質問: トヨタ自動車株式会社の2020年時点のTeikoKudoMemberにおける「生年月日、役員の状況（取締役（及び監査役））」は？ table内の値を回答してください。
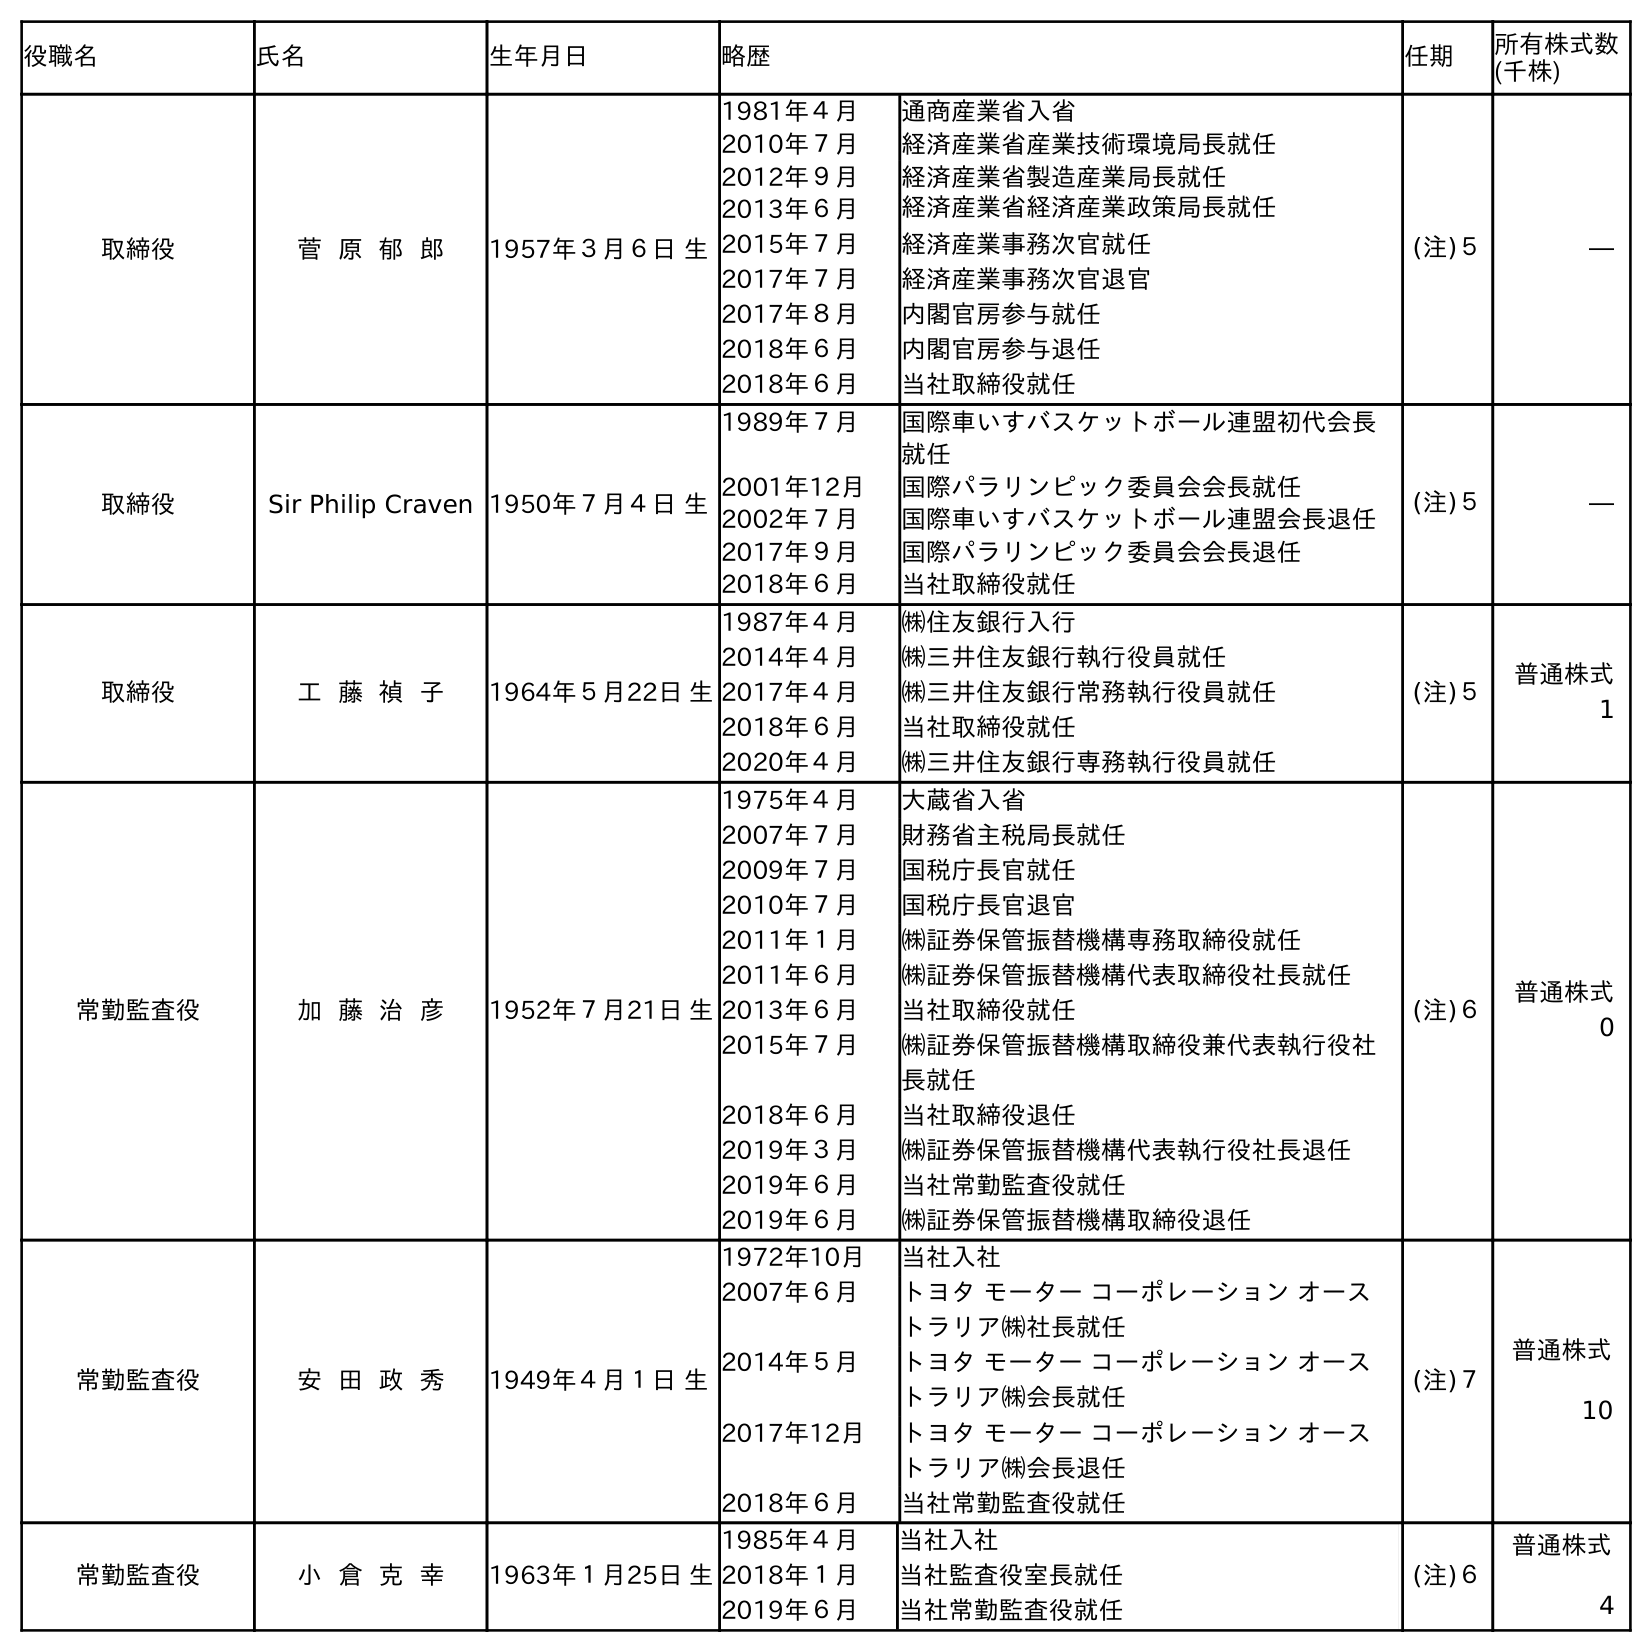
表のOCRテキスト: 役職名 氏名 生年月日 略歴 任期 所有株式数 (千株) 取締役 菅 原 郁 郎 1957年３月６日 生 1981年４月 通商産業省入省 2010年７月 経済産業省産業技術環境局長就任 2012年９月 経済産業省製造産業局長就任 2013年６月 経済産業省経済産業政策局長就任 2015年７月 経済産業事務次官就任 2017年７月 経済産業事務次官退官 2017年８月 内閣官房参与就任 2018年６月 内閣官房参与退任 2018年６月 当社取締役就任 (注)５ ― 取締役 Sir Philip Craven 1950年７月４日 生 1989年７月 国際車いすバスケットボール連盟初代会長 就任 2001年12月 国際パラリンピック委員会会長就任 2002年７月 国際車いすバスケットボール連盟会長退任 2017年９月 国際パラリンピック委員会会長退任 2018年６月 当社取締役就任 (注)５ ― 取締役 工 藤 禎 子 1964年５月22日 生 1987年４月 ㈱住友銀行入行 2014年４月 ㈱三井住友銀行執行役員就任 2017年４月 ㈱三井住友銀行常務執行役員就任 2018年６月 当社取締役就任 2020年４月 ㈱三井住友銀行専務執行役員就任 (注)５ 普通株式 1 常勤監査役 加 藤 治 彦 1952年７月21日 生 1975年４月 大蔵省入省 2007年７月 財務省主税局長就任 2009年７月 国税庁長官就任 2010年７月 国税庁長官退官 2011年１月 ㈱証券保管振替機構専務取締役就任 2011年６月 ㈱証券保管振替機構代表取締役社長就任 2013年６月 当社取締役就任 2015年７月 ㈱証券保管振替機構取締役兼代表執行役社 長就任 2018年６月 当社取締役退任 2019年３月 ㈱証券保管振替機構代表執行役社長退任 2019年６月 当社常勤監査役就任 2019年６月 ㈱証券保管振替機構取締役退任 (注)６ 普通株式 0 常勤監査役 安 田 政 秀 1949年４月１日 生 1972年10月 当社入社 2007年６月 トヨタ モーター コーポレーション オース トラリア㈱社長就任 2014年５月 トヨタ モーター コーポレーション オース トラリア㈱会長就任 2017年12月 トヨタ モーター コーポレーション オース トラリア㈱会長退任 2018年６月 当社常勤監査役就任 (注)７ 普通株式 10 常勤監査役 小 倉 克 幸 1963年１月25日 生 1985年４月 当社入社 2018年１月 当社監査役室長就任 2019年６月 当社常勤監査役就任 (注)６ 普通株式 4
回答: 1964年５月22日生